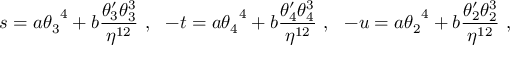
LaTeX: s = a { \theta _ { 3 } } ^ { 4 } + b { \frac { \theta _ { 3 } ^ { \prime } \theta _ { 3 } ^ { 3 } } { \eta ^ { 1 2 } } } \ , \ \ - t = a { \theta _ { 4 } } ^ { 4 } + b { \frac { \theta _ { 4 } ^ { \prime } \theta _ { 4 } ^ { 3 } } { \eta ^ { 1 2 } } } \ , \ \ - u = a { \theta _ { 2 } } ^ { 4 } + b { \frac { \theta _ { 2 } ^ { \prime } \theta _ { 2 } ^ { 3 } } { \eta ^ { 1 2 } } } \ ,